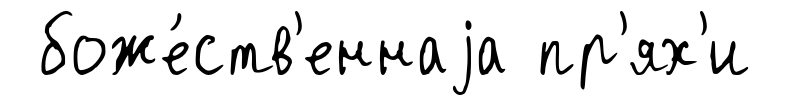
боже́ств'еннаjа пр'ях'и